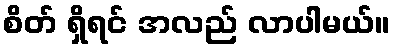
စိတ် ရှိရင် အလည် လာပါမယ်။